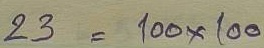
23 = 100 x 100